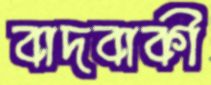
বাদবাকী